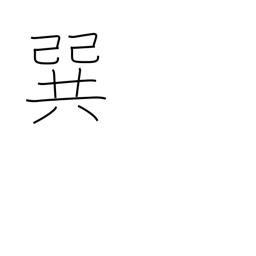
Meaning: southeast